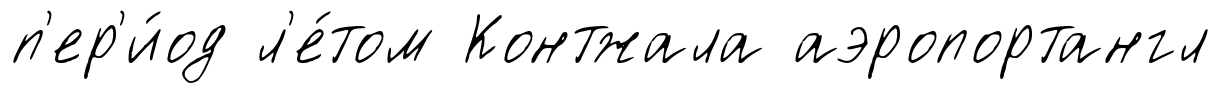
п'ер'и́од л'е́том Контжала аэропортангл